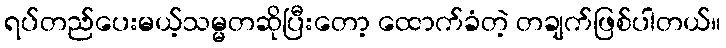
ရပ်တည်ပေးမယ့်သမ္မတဆိုပြီးတော့ ထောက်ခံတဲ့ တချက်ဖြစ်ပါတယ်။